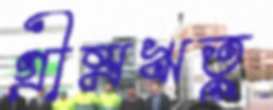
গ্রীষ্মঋতু